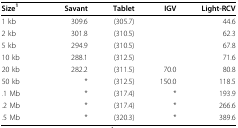
<table><thead><tr><td><b>Size<sup>1</sup></b></td><td><b>Savant</b></td><td><b>Tablet</b></td><td><b>IGV</b></td><td><b>Light-RCV</b></td></tr></thead><tbody><tr><td>1 kb</td><td>309.6</td><td>(305.7)</td><td></td><td>44.6</td></tr><tr><td>2 kb</td><td>301.8</td><td>(310.5)</td><td></td><td>62.3</td></tr><tr><td>5 kb</td><td>294.9</td><td>(310.5)</td><td></td><td>67.8</td></tr><tr><td>10 kb</td><td>288.1</td><td>(312.5)</td><td></td><td>71.6</td></tr><tr><td>20 kb</td><td>282.2</td><td>(311.5)</td><td>70.0</td><td>80.8</td></tr><tr><td>50 kb</td><td>*</td><td>(312.5)</td><td>150.0</td><td>118.5</td></tr><tr><td>.1 Mb</td><td>*</td><td>(317.4)</td><td>*</td><td>193.9</td></tr><tr><td>.2 Mb</td><td>*</td><td>(317.4)</td><td>*</td><td>266.6</td></tr><tr><td>.5 Mb</td><td>*</td><td>(320.3)</td><td>*</td><td>389.6</td></tr></tbody></table>